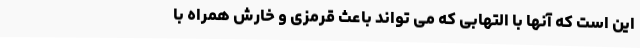
این است که آنها با التهابی که می تواند باعث قرمزی و خارش همراه با